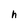
Character: h